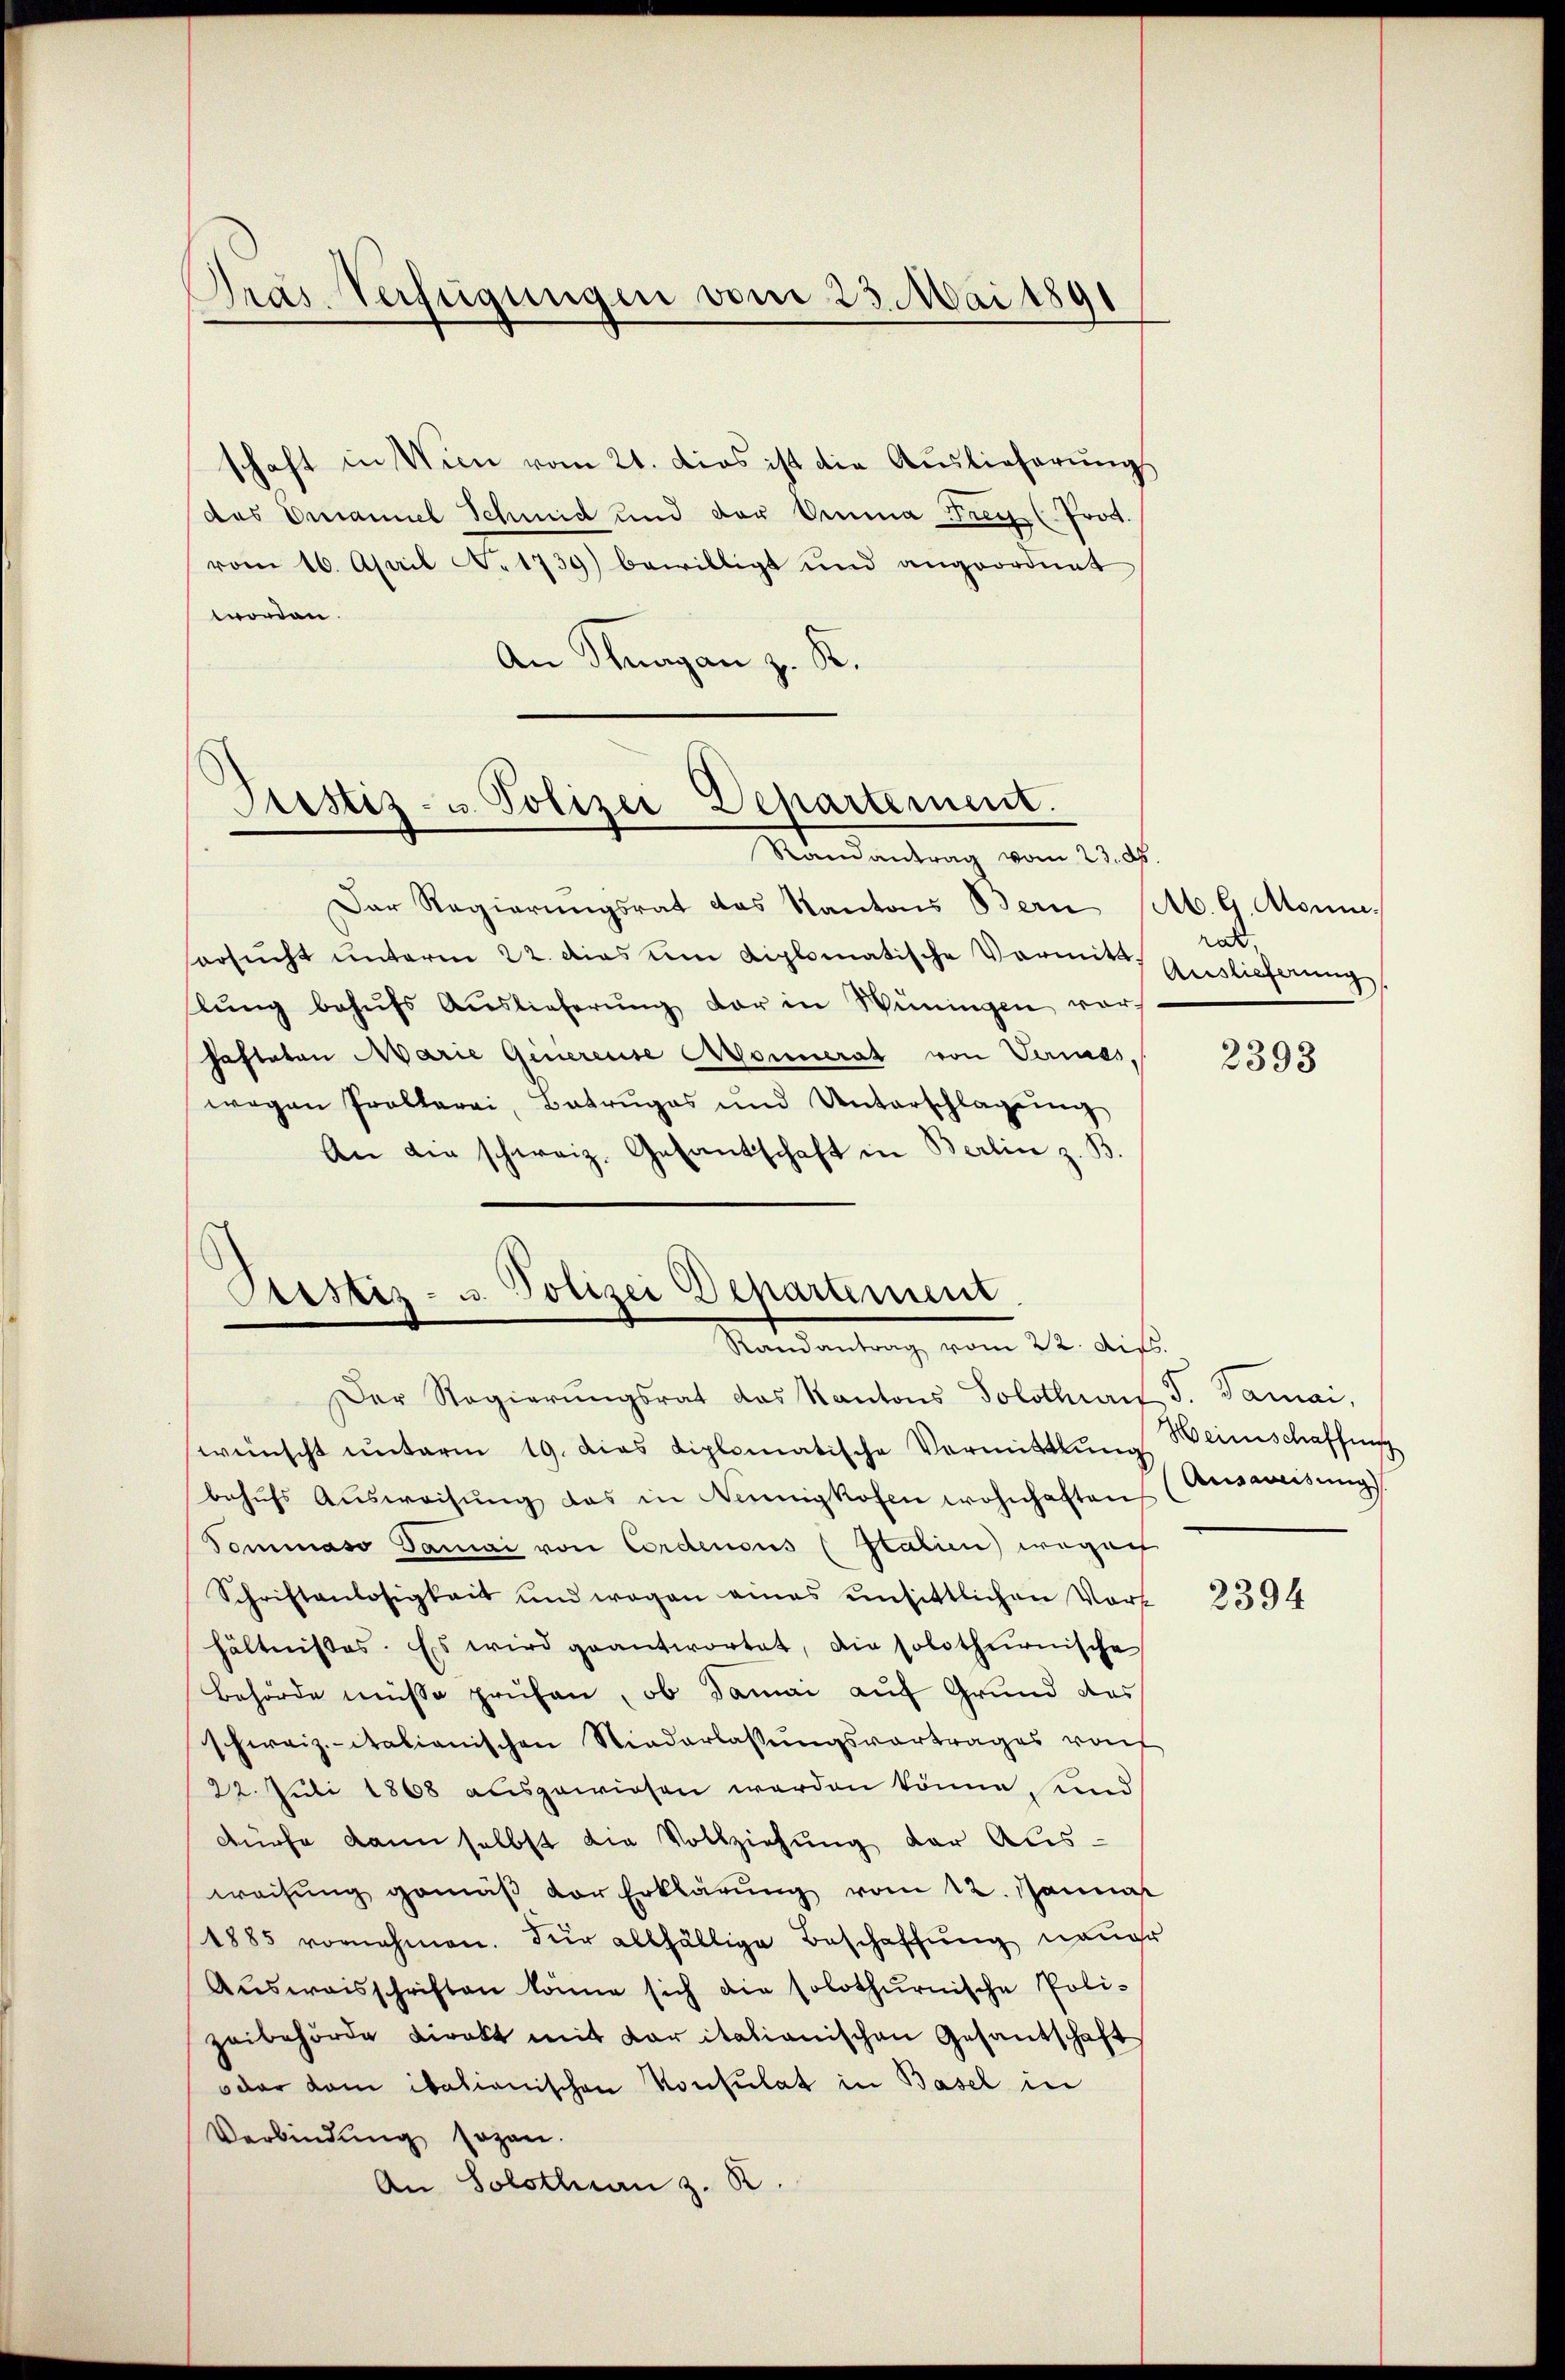
Pras Verfügungen vom 23. Mai 1891

schaft in Wien vom 21. dies ist die Auslieferungs
das Emanuel Schmid und der Omma Frey (Prot.
vom 16. April N. 1739) bewilligt und angeordnet
worden.
An Thurgan z. R.

Justiz- u. Polizei Departement.
Randantrag vom 23. ds.

Der Regierungsrat das Kantons Bern (lt. G. Atomie,
orsucht unterm 22. das um diplomatische Vormitt
lŭng behŭfs Auslieferŭng der in Wüningen vor-
Fasteten Marie Genereise Monnerat von Vermes,
wegen Prollarai, Betruges und Unterschlagŭng
An die schweiz. Gesantschaft in Berlin z. B

Custiz- u. Polizei Departement
Randantrag vom 22. Mits.

rat,
Auslieferung

Der Regierŭngsrat das Kantons Solothurn J. Gamai,
wünscht ŭnterm 19. dies diplomatische Vormittlung
behŭfs Aŭsweisŭng das in Nennigkofen wohnhaften
Tommaso Damai von Cordenens (Stalien wegen
Schriftenlosigkeit und wegen eines unsittlichen Vort
hältnisses. Es wird geantwortet, die solothurnische
Behörde müsse prüfen, ob damai auf Grund das
schweiz. italianischen Niederlassŭngsvortrages vot
22. Juli 1868 ausgewiesen werden könne, und
dürfe kann selbst die Vollziehung der Ausweisŭng gemäβ der Erklärŭng vom 12. Janua
1885 vornehmen. Für allfällige Beschaffung neuer
Aŭsweisschriften könne sich die solothurnische Poli-
zeibehörde Direkt mit der italianischen Gesantschaft
oder kam itationischen Konsulat in Basel in
Verbindung sogen.
An Solothurn z. R.

2393

Heimschaffung
Ausweisung

2394